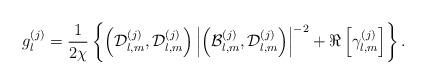
LaTeX: \begin{align*}g_{l}^{\left(j\right)}=\frac{1}{2\chi}\left\{\left(\mathcal{D}_{l,m}^{(j)},\mathcal{D}_{l,m}^{(j)}\right)\left\vert \left(\mathcal{B}_{l,m}^{(j)},\mathcal{D}_{l,m}^{(j)}\right) \right\vert ^{-2}+\Re\left[\gamma_{l,m}^{(j)}\right] \right\}.\end{align*}